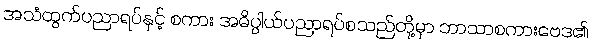
အသံထွက်ပညာရပ်နှင့် စကား အဓိပ္ပါယ်ပညာရပ်စသည်တို့မှာ ဘာသာစကားဗေဒ၏